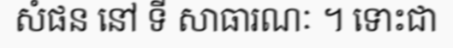
សំផន នៅ ទី សាធារណៈ ។ ទោះជា